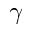
\gamma